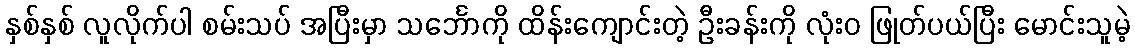
နှစ်နှစ် လူလိုက်ပါ စမ်းသပ် အပြီးမှာ သင်္ဘောကို ထိန်းကျောင်းတဲ့ ဦးခန်းကို လုံးဝ ဖြုတ်ပယ်ပြီး မောင်းသူမဲ့